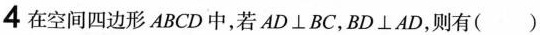
4 在空间四边形ABCD中，若AD\bot BC,BD\bot AD,则有（ ）